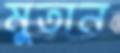
মুতান